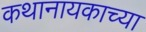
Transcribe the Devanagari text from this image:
कथानायकाच्या